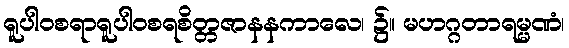
ရူပါဝစရာရူပါဝစရစိတ္တဇာနနကာလေ၊ ၌။ မဟဂ္ဂတာရမ္မဏံ၊